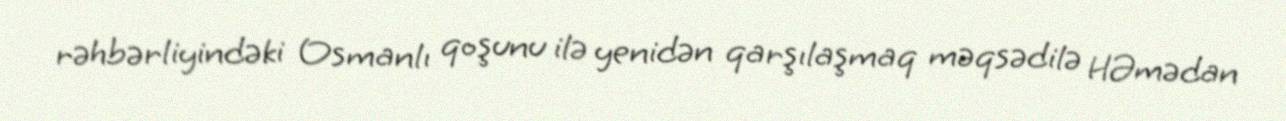
rəhbərliyindəki Osmanlı qoşunu ilə yenidən qarşılaşmaq məqsədilə HƏmədan